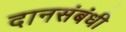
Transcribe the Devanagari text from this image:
दानसंबंधी